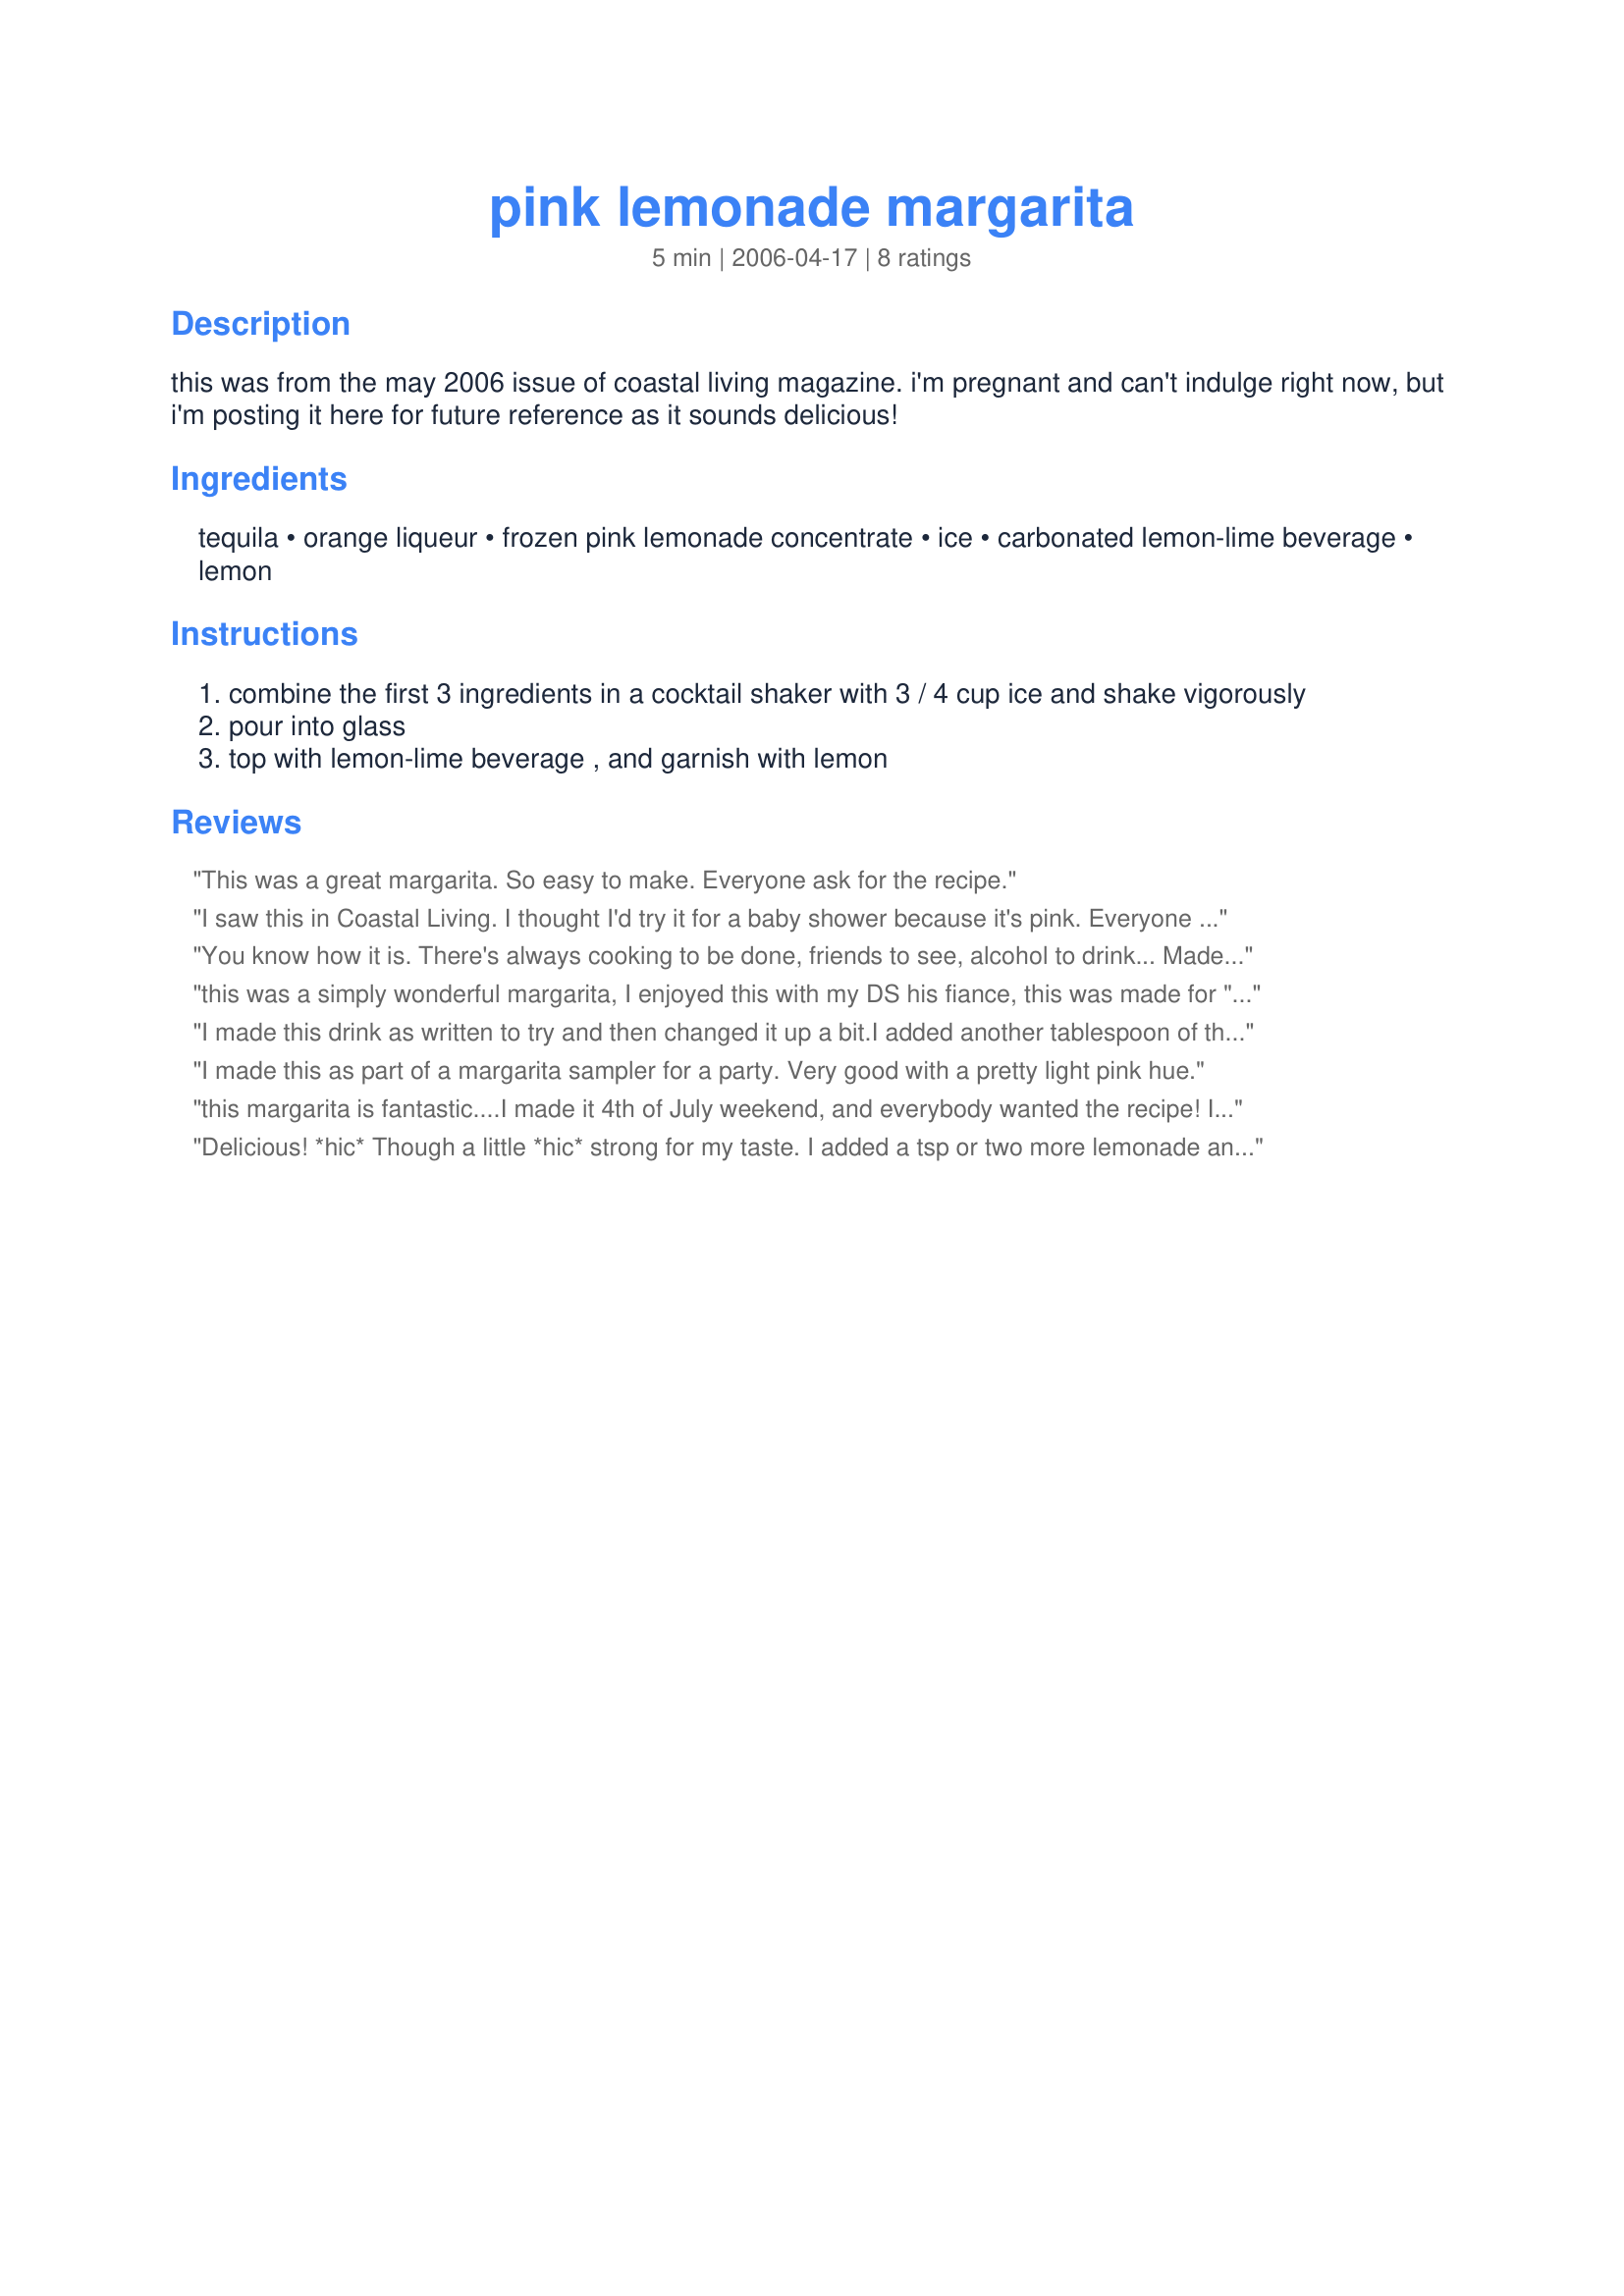
pink lemonade margarita
Preparation time: 5 minutes

this was from the may 2006 issue of coastal living magazine. i'm pregnant and can't indulge right now, but i'm posting it here for future reference as it sounds delicious!

Ingredients:
tequila, orange liqueur, frozen pink lemonade concentrate, ice, carbonated lemon-lime beverage, lemon

Steps:
combine the first 3 ingredients in a cocktail shaker with 3 / 4 cup ice and shake vigorously
pour into glass
top with lemon-lime beverage , and garnish with lemon

Reviews:
This was a great margarita. So easy to make. Everyone ask for the recipe.
I saw this in Coastal Living. I thought I'd try it for a baby shower because it's pink. Everyone loved it.I am an event planner. I make this all the time. It is delicious and easy. Everyone loves it.
You know how it is. There's always cooking to be done, friends to see, alcohol to drink... Made for Think Pink Recipe Tag.
this was a simply wonderful margarita, I enjoyed this with my DS his fiance, this was made for "Think Pink Tag Game" in honour of breast cancer awareness, thanks KC!
I made this drink as written to try and then changed it up a bit.I added another tablespoon of the lemonade concentrate and I found the Sprite wasn't that important to leave in. Pretty pink color! We had it at a Girls' Night out Party that featured food, drinks, massages and a psychic! Great night!
I made this as part of a margarita sampler for a party. Very good with a pretty light pink hue.
this margarita is fantastic....I made it 4th of July weekend, and everybody wanted the recipe! I'm glad you posted this because I gave away every copy of the recipe I made! Easy to make..I made it at a campground, several recipes over.
Delicious! *hic* Though a little *hic* strong for my taste. I added a tsp or two more lemonade and a couple extra Tbsp 7-up and it was perfect for me. Thanks for sharing! *hic*
